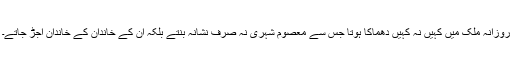
روزانہ ملک میں کہیں نہ کہیں دھماکا ہوتا جس سے معصوم شہری نہ صرف نشانہ بنتے بلکہ اُن کے خاندان کے خاندان اُجڑ جاتے۔